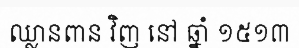
ឈ្លានពាន វិញ នៅ ឆ្នាំ ១៥១៣